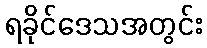
ရခိုင်ဒေသအတွင်း